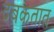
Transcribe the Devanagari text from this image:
दबकतात